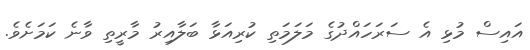
އައިސް މުޅި އެ ސަރަހައްދުގެ މަލަމަތި ކުރިއަޅާ ބަލާއިރު މާރީތި ވާނެ ކަމަށެވެ.